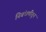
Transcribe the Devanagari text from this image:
निबंधणीतून